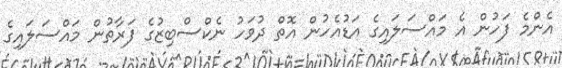
އެންމެ ފަހުން އެ މައްސަލައިގެ އަޑުއެހުން އޮތް ދުވަހު ނެކްސްބިޒުގެ ފަރާތުން މައްސަލައިގެ